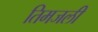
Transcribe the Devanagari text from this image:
तिमजली